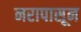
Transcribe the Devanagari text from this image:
नरापासून